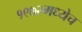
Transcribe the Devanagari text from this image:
१९७२मध्येच